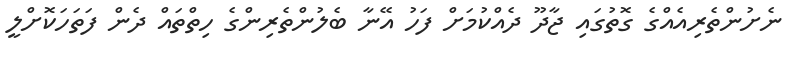
ނެށުންތެރިއެއްގެ ގޮތުގައި ޖާދޫ ދެއްކުމަށް ފަހު އޭނާ ބެލުންތެރިންގެ ހިތްތައް ދެން ފަތަހަކޮށްލީ